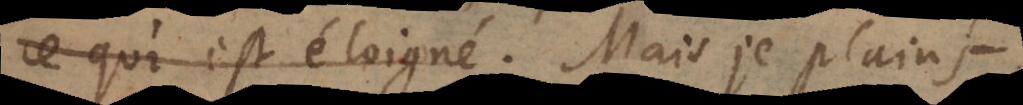
ce qui est éloigné. Mais je plains